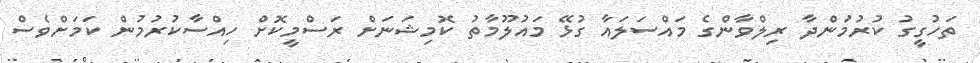
ތަހުގީގު ކުރުމަުންދާ ރިލްވާންގެ މައްސަލައާ ގުޅޭ މައުލޫމާތު ކޮމިޝަނަށް ރަސްމީކޮށް ހިއްސާކުރުމުން ކަމަށްވެސް